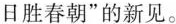
日胜春朝”的新见。